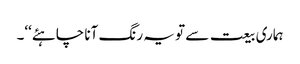
ہماری بیعت سے تو یہ رنگ آنا چاہئے‘‘۔